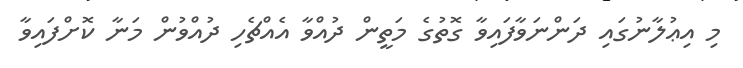
މި އިޢުލާނުގައި ދަންނަވާފައިވާ ގޮތުގެ މަތީން ދުއްވާ އެއްޗެހި ދުއްވުން މަނާ ކޮށްފައިވާ